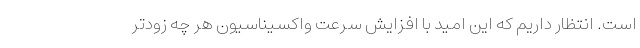
است. انتظار داریم که این امید با افزایش سرعت واکسیناسیون هر چه زودتر